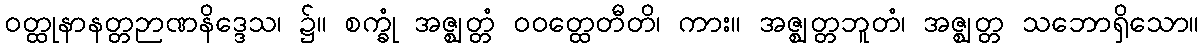
ဝတ္ထုနာနတ္တဉာဏနိဒ္ဒေသ၊ ၌။ စက္ခုံ အဇ္ဈတ္တံ ဝဝတ္ထေတီတိ၊ ကား။ အဇ္ဈတ္တဘူတံ၊ အဇ္ဈတ္တ သဘောရှိသော။